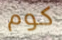
كوم